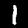
Label: 1